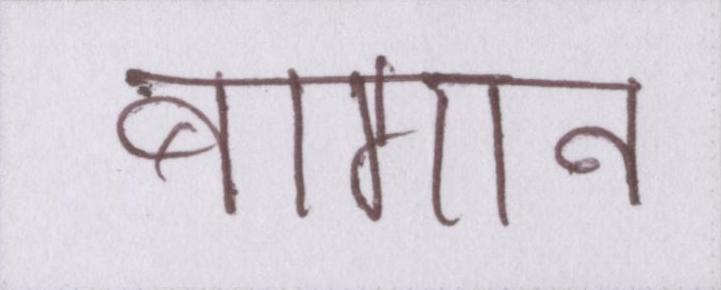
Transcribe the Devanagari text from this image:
बागान